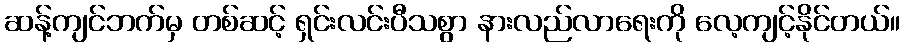
ဆန့်ကျင်ဘက်မှ တစ်ဆင့် ရှင်းလင်းပီသစွာ နားလည်လာရေးကို လေ့ကျင့်နိုင်တယ်။